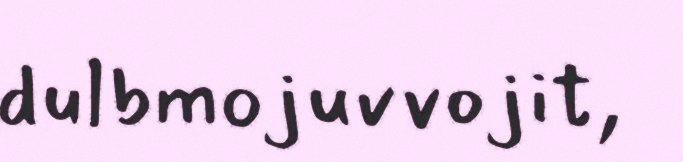
dulbmojuvvojit,